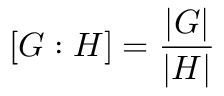
[ G : H ] = { \frac { | G | } { | H | } }